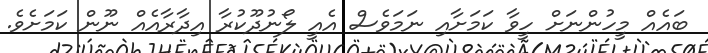
ބައެއް މީހުންނަށް ހީވާ ކަމަށާއި ނަމަވެސް އެއީ ލޯނުދޫކުރާ އިދާރާއެއް ނޫން ކަމަށެވެ.